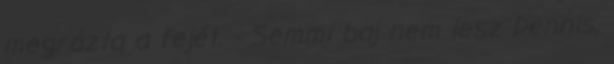
megrázta a fejét. - Semmi baj nem lesz Dennis.